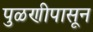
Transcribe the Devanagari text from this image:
पुळणीपासून